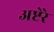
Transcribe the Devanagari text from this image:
अष्टेरे